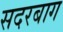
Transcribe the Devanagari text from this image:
सदरबाग